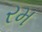
રમ